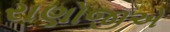
રાણોજીએ